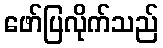
ဖော်ပြလိုက်သည်